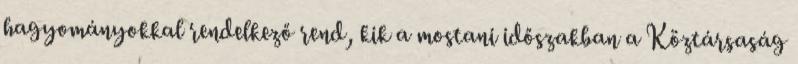
hagyományokkal rendelkező rend, kik a mostani időszakban a Köztársaság